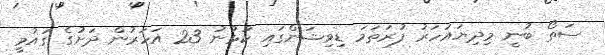
ސަތޯ ބުނީ މިދިޔައަހަރު ފުރަތަމަ ޑިވިޝަންގައި ކުޅުނު 23 އަހަރުން ދަށުގެ ގައުމީ